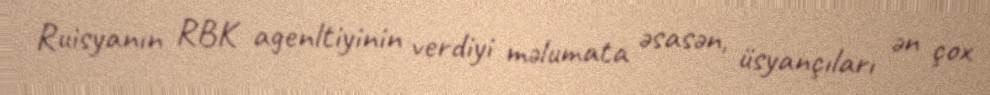
Ruisyanın RBK agenltiyinin verdiyi məlumata əsasən, üsyançıları ən çox